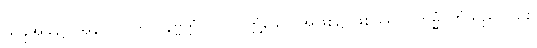
ယခုအခါ၌။ အနာဂတဘာဝနိဗ္ဗတ္တံ၊ လာလတ္တံ့သော အဖြစ်၌ ဖြစ်သော။ ကမ္မံ၊ ကံသည်။) စေ